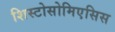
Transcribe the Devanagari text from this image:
शिस्टोसोमिएसिस